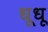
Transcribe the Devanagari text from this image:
धूधू